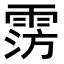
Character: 𩃎